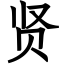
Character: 贤